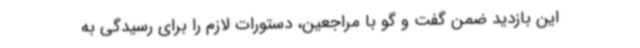
این بازدید ضمن گفت و گو با مراجعین، دستورات لازم را برای رسیدگی به